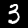
Digit: 3